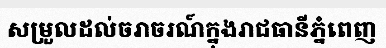
សម្រួលដល់ចរាចរណ៍ក្នុងរាជធានីភ្នំពេញ